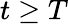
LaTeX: t\geq T